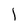
Character: l